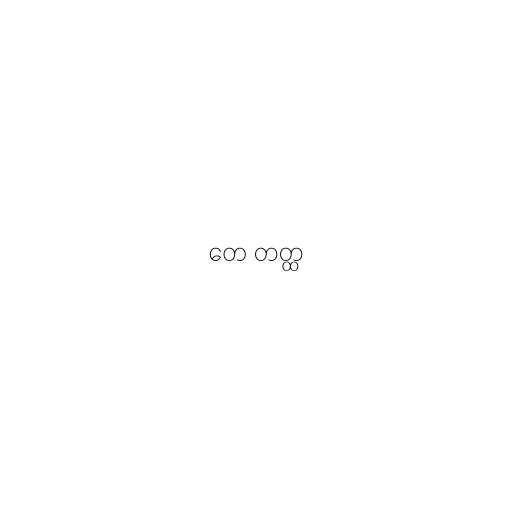
တေ တတ္ထ